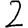
Digit: 2